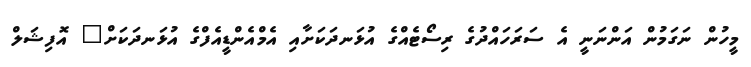
މީހުން ނަގަމުން އަންނަނީ އެ ސަރަހައްދުގެ ރިސޯޓެއްގެ އުޅަނދަކަށާއި އެމްއެންޑީއެފްގެ އުޅަނދަކަށް" އޮފިޝަލް